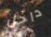
داخل